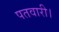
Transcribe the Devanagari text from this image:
पतवारी।